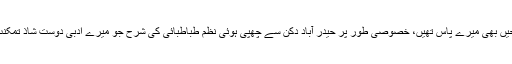
کچھ دیگر شارحین کی شرحیں بھی میرے پاس تھیں، خصوصی طور پر حیدر آباد دکن سے چھپی ہوئی نظم طباطبائی کی شرح جو میرے ادبی دوست شاذ تمکنت نے مجھے بھجوائی تھی۔